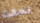
لحقت